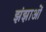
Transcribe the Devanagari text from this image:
झंझाओं